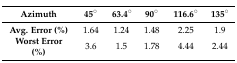
<table><thead><tr><td><b>Azimuth</b></td><td><b>45°</b></td><td><b>63.4°</b></td><td><b>90°</b></td><td><b>116.6°</b></td><td><b>135°</b></td></tr></thead><tbody><tr><td><b>Avg. Error (%)</b></td><td>1.64</td><td>1.24</td><td>1.48</td><td>2.25</td><td>1.9</td></tr><tr><td><b>Worst Error (%)</b></td><td>3.6</td><td>1.5</td><td>1.78</td><td>4.44</td><td>2.44</td></tr></tbody></table>